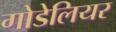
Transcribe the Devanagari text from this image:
गोडेलियर